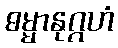
ဓမ္မာနုဂ္ဂဟံ